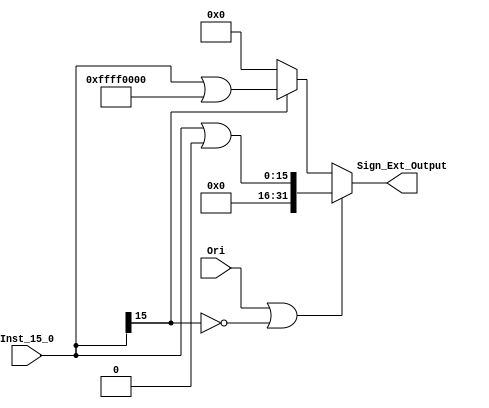
module SIGN_EXTEND(Sign_Ext_Output, Ori, Inst_15_0);
	input wire[15:0] Inst_15_0;
	input wire Ori;
	output reg signed[31:0] Sign_Ext_Output;

	always @(*)
	begin
		if ((Ori == 1) || (Inst_15_0[15] == 0))
			Sign_Ext_Output <= Inst_15_0 | 32'h00000000;
		else if(Inst_15_0[15] == 1)
			Sign_Ext_Output <= Inst_15_0 | 32'hffff0000;
		else
			Sign_Ext_Output <=32'd0;
	end
endmodule